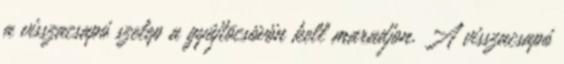
a visszacsapó szelep a gyûjtõcsövön kell maradjon. A visszacsapó